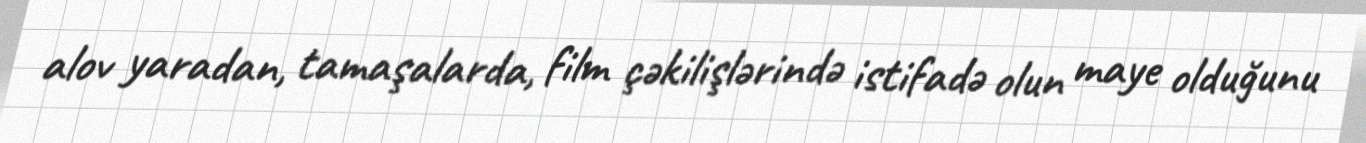
alov yaradan, tamaşalarda, film çəkilişlərində istifadə olun maye olduğunu